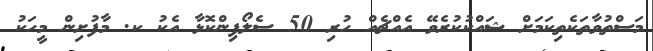
މަސްތުވާތަކެތިކަމަށް ޝައްކުކުރެވޭ އެއްޗެއް ހުރި 50 ސެލޯފިންކޮޅާ އެކު ކ. މާފުށިން މީހަކު